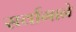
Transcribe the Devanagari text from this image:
सर्वागाने